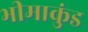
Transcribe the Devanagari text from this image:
भीमाकुंड